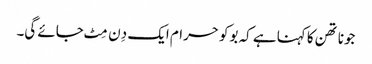
جوناتھن کا کہنا ہے کہ بوکو حرام ایک دِن مِٹ جائے گی۔